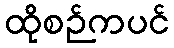
ထိုစဉ်ကပင်